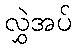
လွှဲအပ်